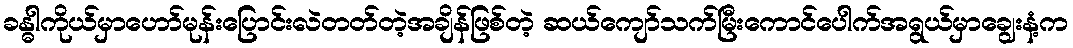
ခန္ဓါကိုယ်မှာဟော်မုန်းပြောင်းလဲတတ်တဲ့အချိန်ဖြစ်တဲ့ ဆယ်ကျော်သက်မြီးကောင်ပေါက်အရွယ်မှာချွေးနံ့က